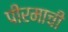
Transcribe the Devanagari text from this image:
पीरमाची